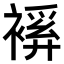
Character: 𧜋